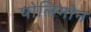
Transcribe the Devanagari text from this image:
पोलिगोन